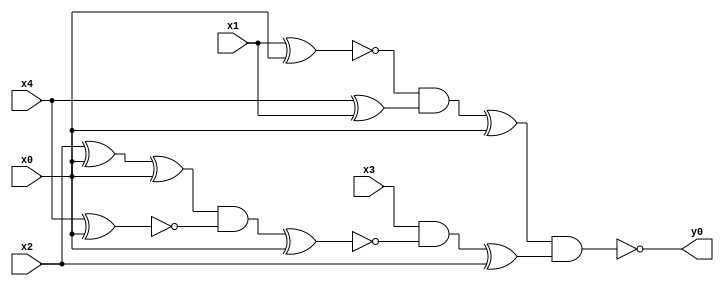
module top( x0 , x1 , x2 , x3 , x4 , y0 );
  input x0 , x1 , x2 , x3 , x4 ;
  output y0 ;
  wire n6 , n7 , n8 , n9 , n10 , n11 , n12 , n13 , n14 , n15 , n16 , n17 ;
  assign n6 = x1 ^ x0 ;
  assign n7 = x4 ^ x1 ;
  assign n8 = ~n6 & n7 ;
  assign n9 = n8 ^ x0 ;
  assign n10 = x2 ^ x0 ;
  assign n11 = n10 ^ x0 ;
  assign n12 = x4 ^ x0 ;
  assign n13 = n11 & ~n12 ;
  assign n14 = n13 ^ x0 ;
  assign n15 = x3 & ~n14 ;
  assign n16 = n15 ^ x2 ;
  assign n17 = n9 & n16 ;
  assign y0 = ~n17 ;
endmodule